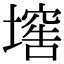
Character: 𡑛